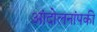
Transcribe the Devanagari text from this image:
आंदोलनांपकी